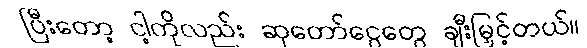
ပြီးတော့ ငါ့ကိုလည်း ဆုတော်ငွေတွေ ချီးမြှင့်တယ်။